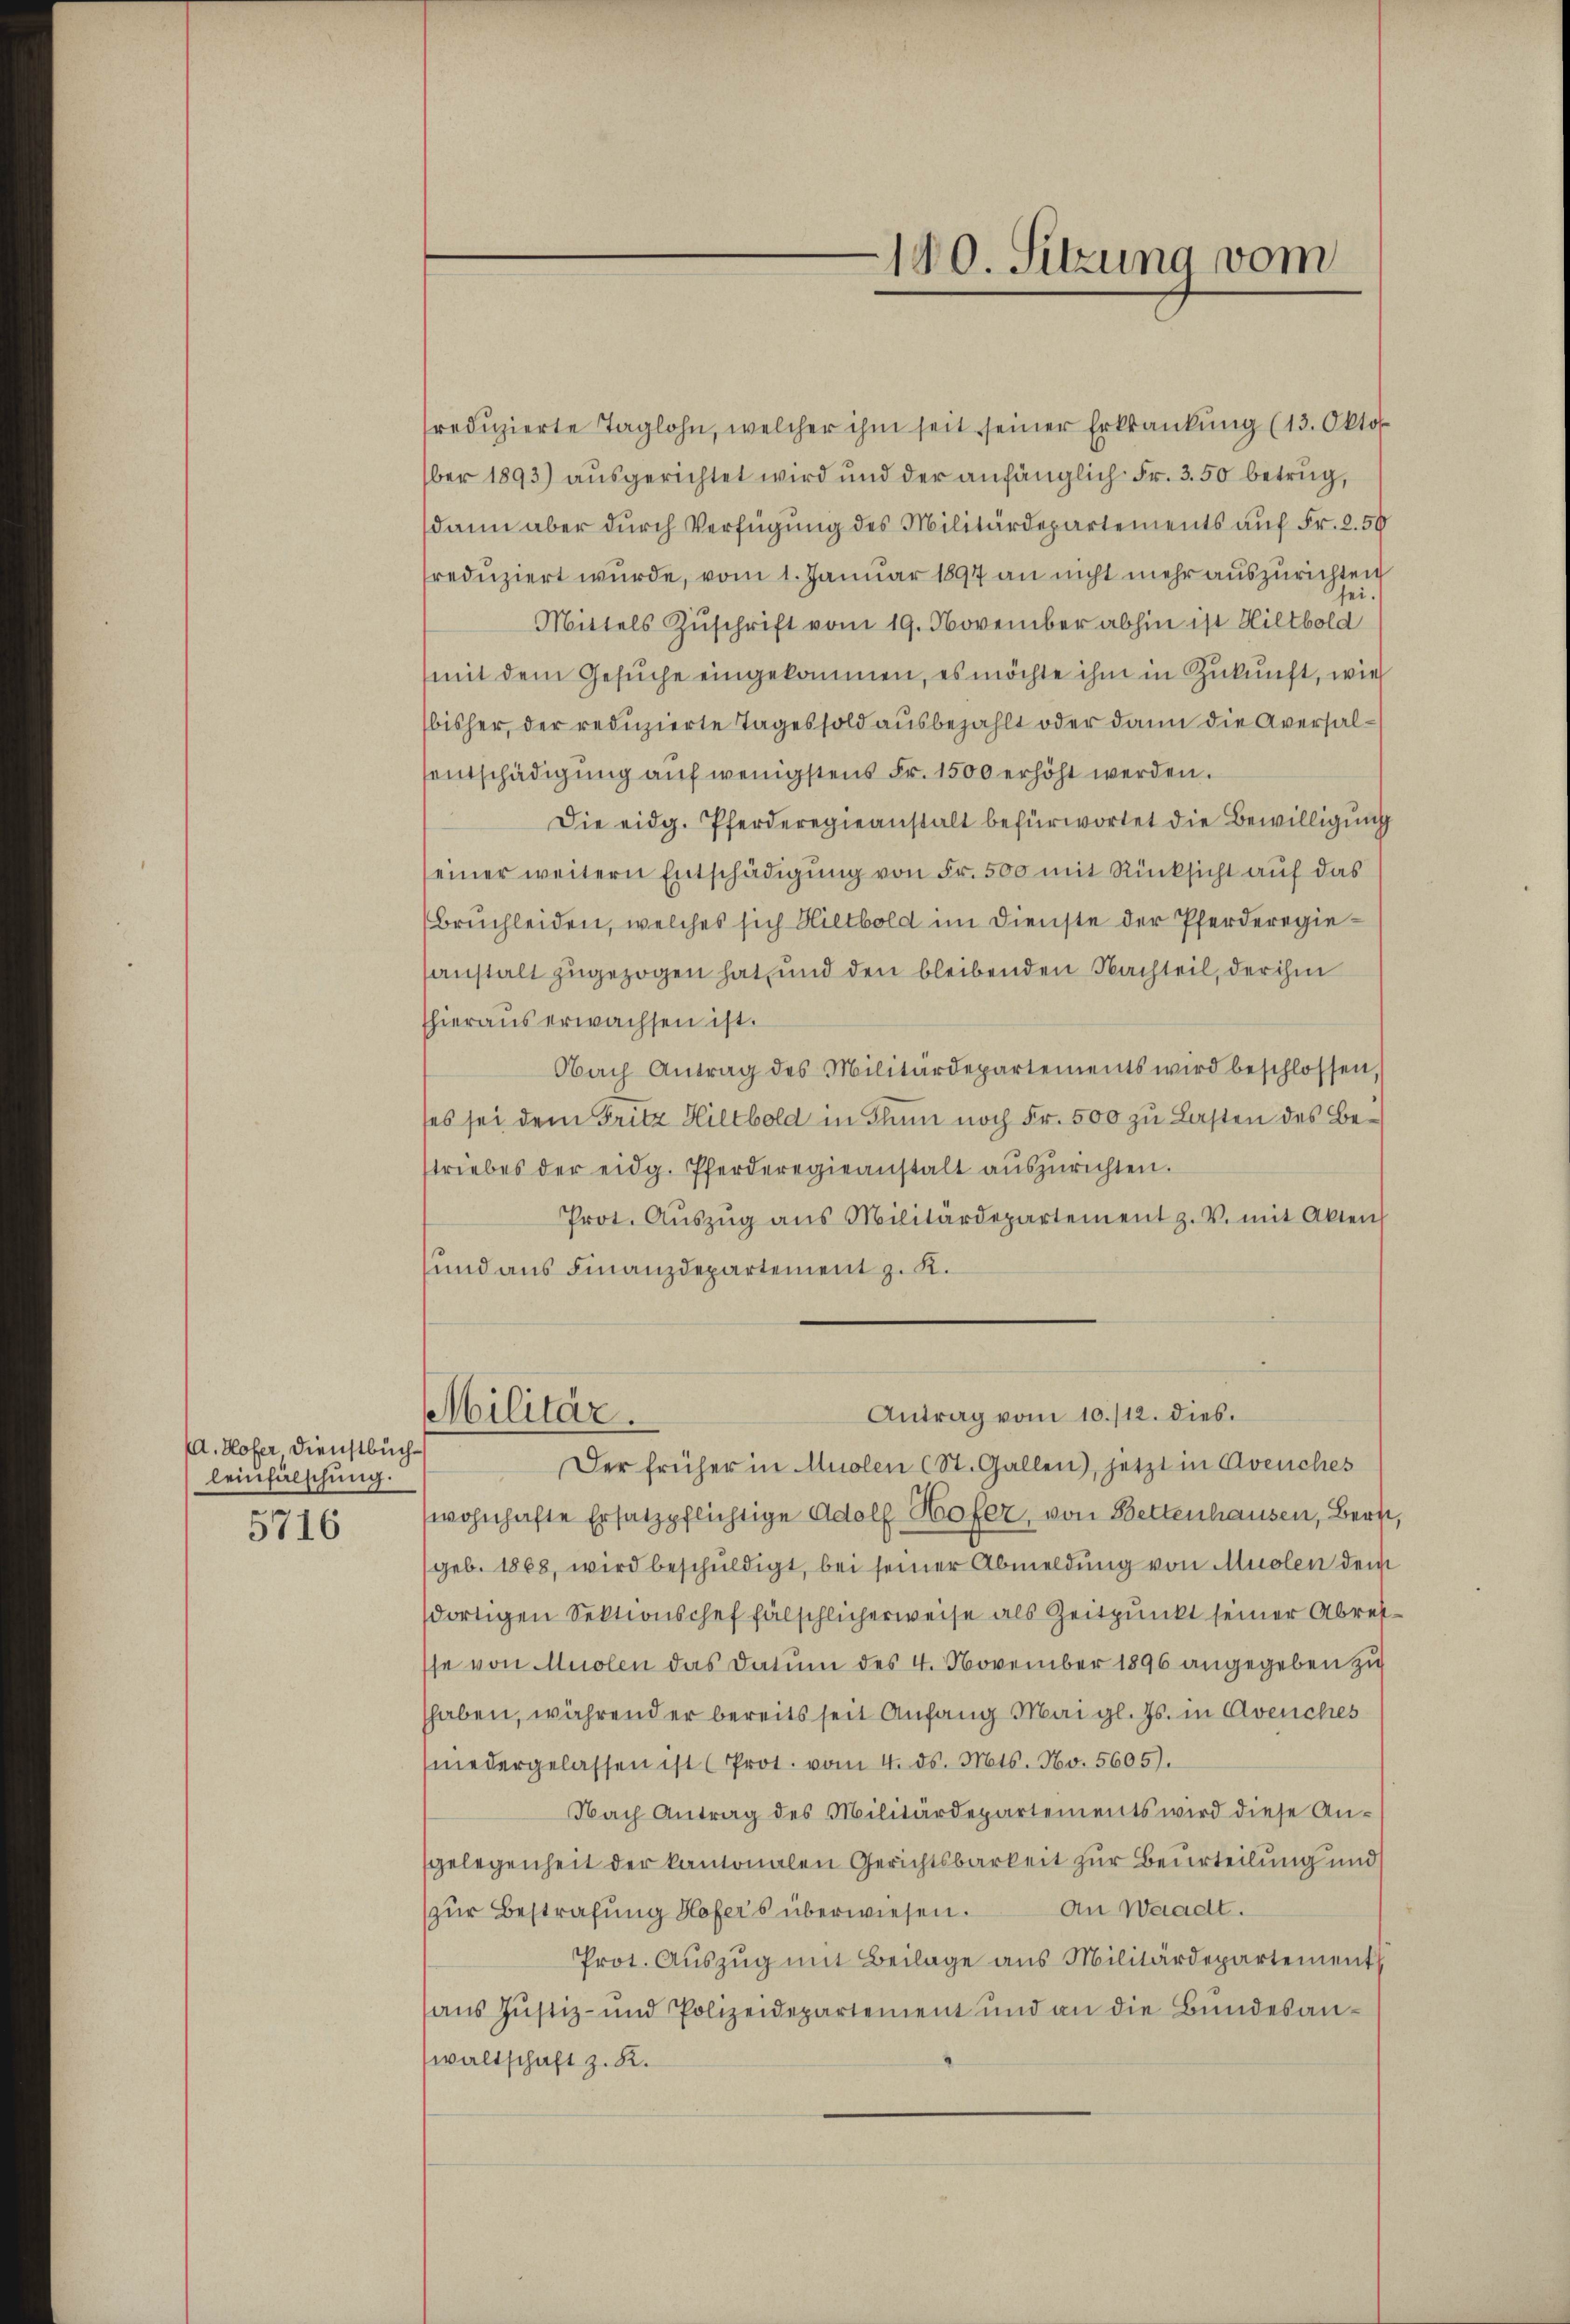
A. Hofer Dienstbuch
leinfälschung.
5716

redŭzierte Taglohn, welcher ihm seit seiner Erkrankung (13. Okto
ber 1893) ausgerichtet wird und der anfänglich Fr. 350 betrug,
dann aber durch Verfügung des Militärdepartements auf Fr. 2.50
freduziert wurde, vom 1. Januar 1897 an nicht mehr auszurichten
Mittels Zuschrift vom 19. November abhin ist Hiltbold
(mit dem Gesŭche eingekommen, es möchte ihm in Zukunft, wie
bisher, der reduzierte Tages sold ausbezahlt oder dann die Aversalsentschädigung auf wenigstens Fr. 1500 erhöht werden.
Die eidg. Pferderegieanstalt befürwortet die Bewilligung
einer weitern Entschädigung von Fr. 500 mit Rücksicht auf das
Bruchleiden, welches sich Hiltbold im Dienste der Pferderegiesanstalt zugezogen hat, und den bleibenden Nachteil, der ihm
thieraus erwachsen ist.
Obach Antrag des Militärdepartements wird beschlossen,
ses sei dem Fritz Hiltbold in Thun noch Fr. 500 zu Lasten des Bestriebes der eidg. Pferderegieanstalt aŭszŭrichten.
Prot. Aŭszŭg ans Militärdepartement z. V. mit Akten
und aus Finanzdepartement z. K.

Militär.

180. Sitzung vom

Antrag vom 10./12. dies.

Der früher in Auslen (St. Gallen), jetzt in Avenches
wohnhafte Ersatzpflichtige Adolf Hofer, von Bettenhausen, Bern,
(geb. 1868, wird beschuldigt, bei seiner Abmeldung von Muolen dem
dortigen Sektionschef fälschlicherweise als Zeitpunkt seiner Abretsse von Muolen das Datum des 4. November 1896 angegeben zu
haben, während er bereits seit Anfang Mai gl. Js. in Avenches
(niedergelassen ist (Prot. vom 4. ds. Mts. No. 5605).
Nach Antrag des Militärdepartements wird diese An-
gelegenheit der kantonalen Gerichtsbarkeit zur Beurteilung und
An Waadt.
(zur Bestrafung Hofers überwiesen.
Prot. Aŭszŭg mit Beilage ans Militärdepartement
aus Justiz- und Polizeidepartement und an die Bundesanwaltschaft z. R.